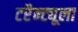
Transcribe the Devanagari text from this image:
टरैन्ट्यूला